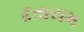
દતારામ